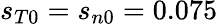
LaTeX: s_{T0}=s_{n0}=0.075